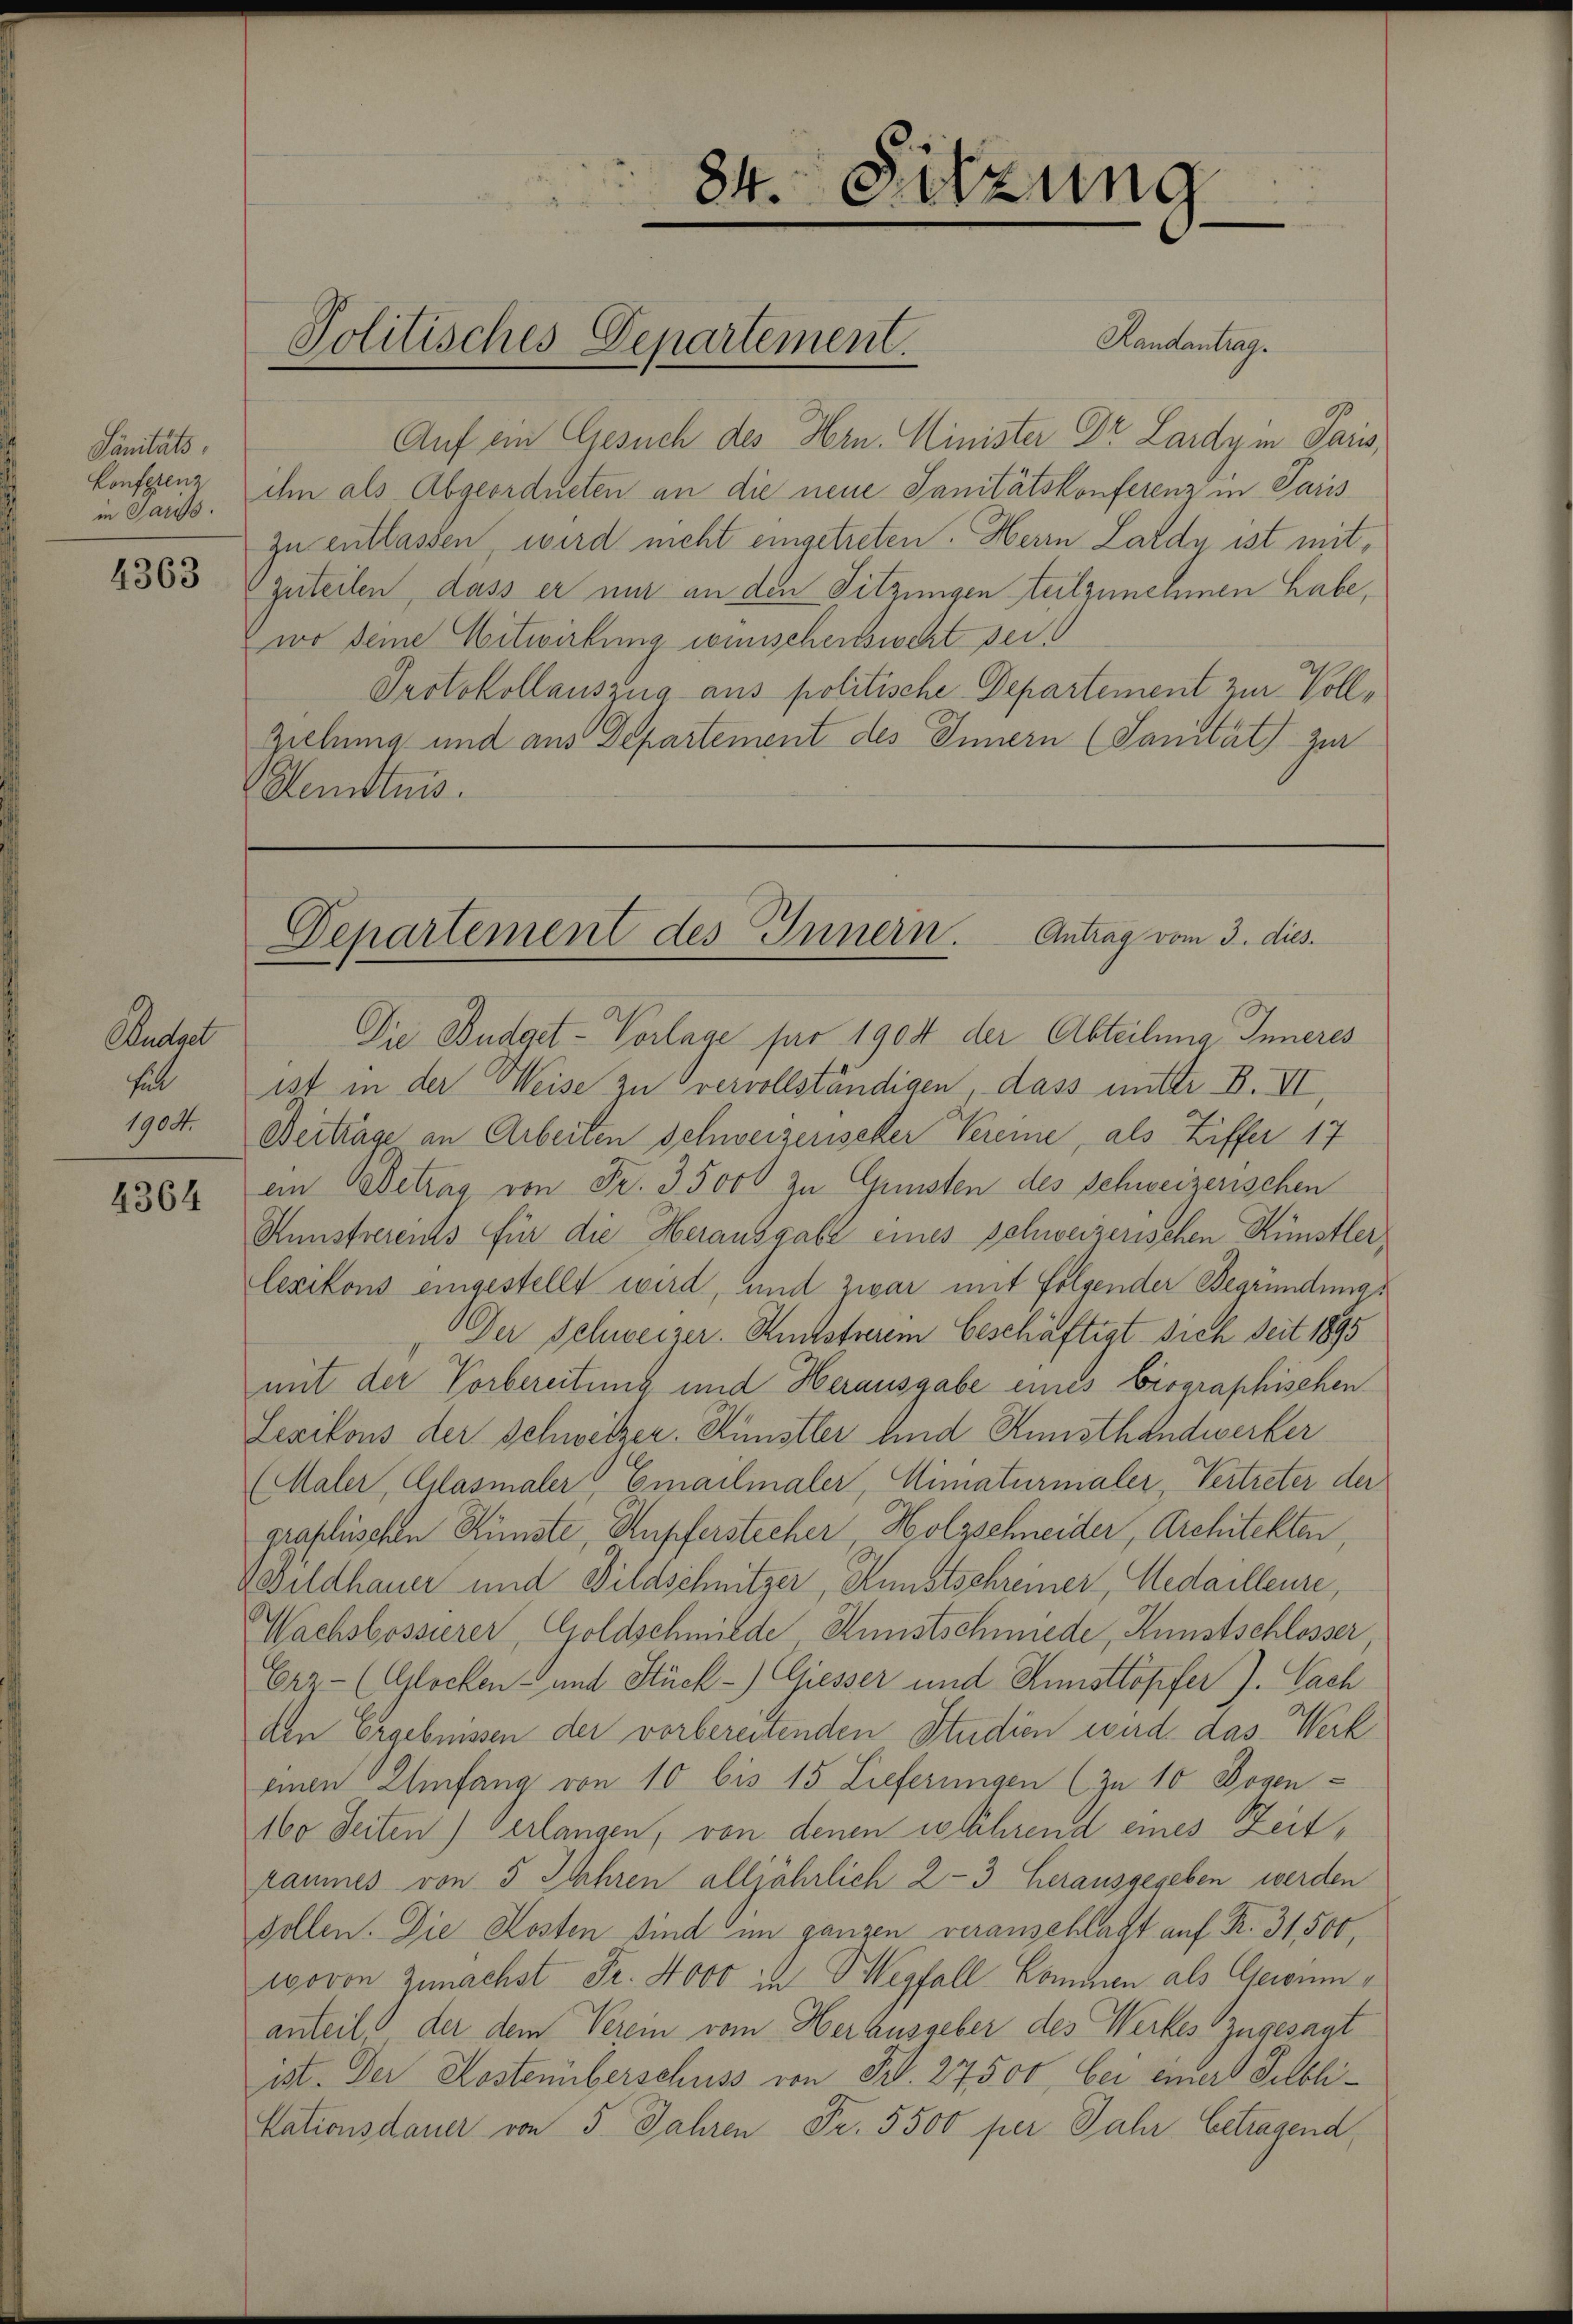
Sanitats,
in Sauss
4363

Rudel
fel
1904.

4364

Randantrag.
Auf ein Gesuch des Hrn. Minister Dr. Lardy in Paris
konftenz ihm als Abgeordneten an die neue Sanitätskonferenz in Paris
zu entlassen, wird nicht eingetreten. Herrn Lardy ist mitzuteilen, dass er nur an den Sitzungen teilzunehmen habe,
wo seine Mitwirkung womischensweht sei.
Protokollauszug aus politische Departement zur Voll¬
Ziehung und aus Departement des Innern (Sanität) zur
Kemttuis.

84. Sitzung

Politisches Departement.

Departement des Innern. Antrag vom 3. dies
Die Budget-Vorlage für 1904 der Abteilung Inneres

ist in der Weise zu vervollständigen, dass mitter B. VI
Beiträge an Arbeiten Schweizerischer Vereine, als Ziffer 17
ein Gebetrag von Fr. 35000 zu Gunsten des Schweizerischen
Kunstverents für die Herausgabe eines Schweizerischen Künstler,
lexikons eingestellt wird, und zwar mit folgender Begründung
Der Schweizer. Kunstverein beschäftigt sich seit 1895
mit der Vorbereitung und Herausgabe eines biographischen
Lesikons der Schwitzer. Künstler und Kunsthandwerker
Maler, Glasmaler Emailmaler, Mimaturmaler Vertreter der
graphischen Künste, Kupferstecher, Holzschneider, Architekten,
4 Bildhauer und Bildschnitzer, Kunstschreiner, Medailleure,
Wachsbossierer, Goldschmilde, Kunstschmiede, Kunstschlosser
Erz- (Glocken- und Stück -) Giesser und Kunsttöpfer J. Sach
den Ergebnissen der vorbereitenden Studien wird, das Werk
einen Umfang von 10 bis 15 Lieferungen (zu 10 Bogen¬
160 Seiten) verlangen, von denen es lährend eines Zeitraumes von 5 Jahren alljährlich 2-3 herausgegeben werden
sollen. Die Kosten sind im ganzen veranschlagt auf K. 31,500,
wovon Zunächst Fr. 4000 in Wegfall kommen als Gewinn
anteil der dem Verein vom Herausgeber des Werkes zugesagt
ist. Der Kostenüberschuss von Fr. 27500, bei einer Selbli¬
Nationsdauer von 5 Jahren Fr. 5500 per Jahr betragend